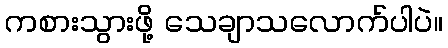
ကစားသွားဖို့ သေချာသလောက်ပါပဲ။